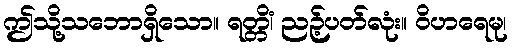
ဤသို့သဘောရှိသော။ ရတ္တိံ၊ ညဉ့်ပတ်လုံး။ ဝိဟရေမု၊